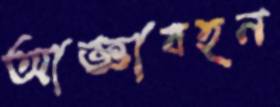
আজ্ঞাবহন